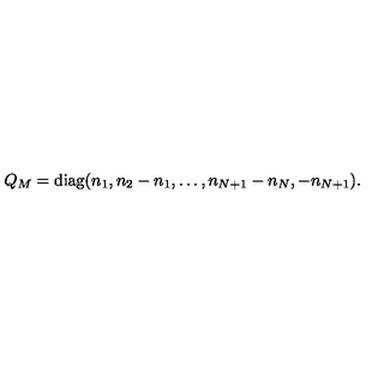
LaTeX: Q _ { M } = \mathrm { d i a g } ( n _ { 1 } , n _ { 2 } - n _ { 1 } , \dots , n _ { N + 1 } - n _ { N } , - n _ { N + 1 } ) .